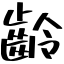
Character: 齡